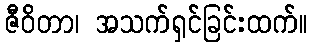
ဇီဝိတာ၊ အသက်ရှင်ခြင်းထက်။